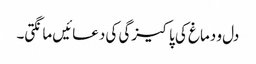
دل و دماغ کی پاکیزگی کی دعائیں مانگتی۔